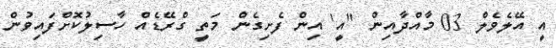
އީ އޭލެވެލް 03 މާއްދާއިން "އީ' އިން ފެށިގެން މަތީ ގްރޭޑެއް ހާސިލުކޮށްފައިވުން